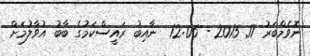
ނޮވެމްބަރު 17